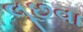
લૂછવા